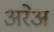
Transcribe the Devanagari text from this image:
अरेअ